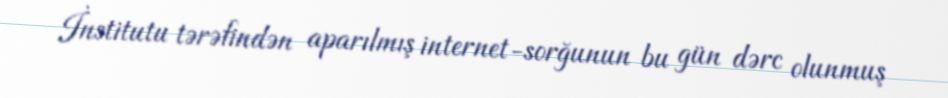
İnstitutu tərəfindən aparılmış internet-sorğunun bu gün dərc olunmuş